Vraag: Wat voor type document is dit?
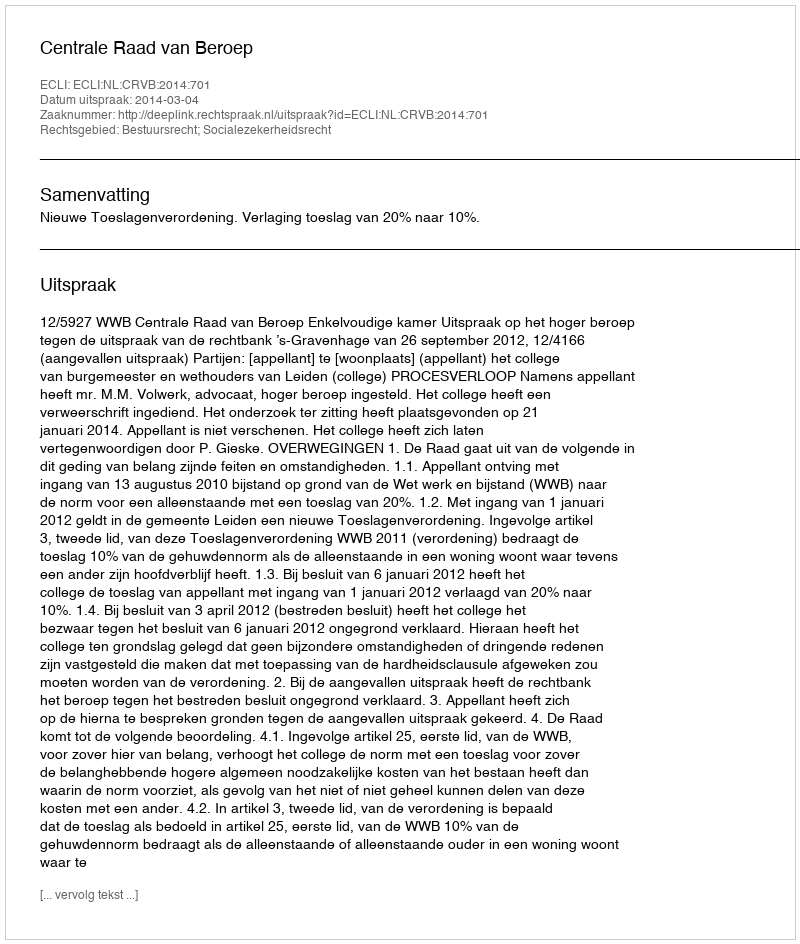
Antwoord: Uitspraak